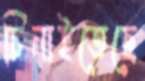
চিনাইতেছে